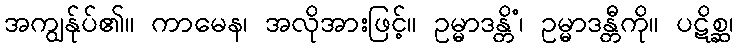
အကျွန်ုပ်၏။ ကာမေန၊ အလိုအားဖြင့်။ ဥမ္မာဒန္တိံ၊ ဥမ္မာဒန္တီကို။ ပဋိစ္ဆ၊